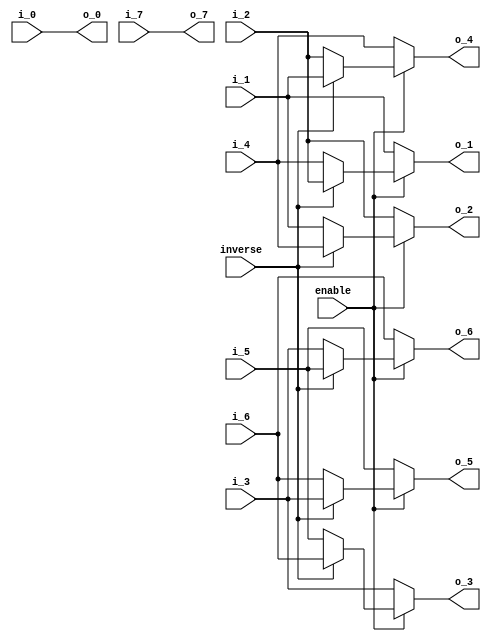
module premuat3_8(
            enable,
           inverse,
               i_0,
               i_1,
               i_2,
               i_3,
               i_4,
               i_5,
               i_6,
               i_7,
               o_0,
               o_1,
               o_2,
               o_3,
               o_4,
               o_5,
               o_6,
               o_7
);
input                enable;
input               inverse;
input  signed  [27:0]   i_0;
input  signed  [27:0]   i_1;
input  signed  [27:0]   i_2;
input  signed  [27:0]   i_3;
input  signed  [27:0]   i_4;
input  signed  [27:0]   i_5;
input  signed  [27:0]   i_6;
input  signed  [27:0]   i_7;
output  signed [27:0]   o_0;
output  signed [27:0]   o_1;
output  signed [27:0]   o_2;
output  signed [27:0]   o_3;
output  signed [27:0]   o_4;
output  signed [27:0]   o_5;
output  signed [27:0]   o_6;
output  signed [27:0]   o_7;
reg   signed   [27:0]    o1;
reg   signed   [27:0]    o2;
reg   signed   [27:0]    o3;
reg   signed   [27:0]    o4;
reg   signed   [27:0]    o5;
reg   signed   [27:0]    o6;
always@(*)
if(inverse)
  begin
     o1=i_2;
     o2=i_4;
     o3=i_6;
     o4=i_1;
     o5=i_3;
     o6=i_5;
   end
 else
   begin
     o1=i_4;
     o2=i_1;
     o3=i_5;
     o4=i_2;
     o5=i_6;
     o6=i_3;
   end
assign  o_0=i_0;
assign  o_1=enable?o1:i_1;
assign  o_2=enable?o2:i_2;
assign  o_3=enable?o3:i_3;
assign  o_4=enable?o4:i_4;
assign  o_5=enable?o5:i_5;
assign  o_6=enable?o6:i_6;
assign  o_7=i_7;
endmodule